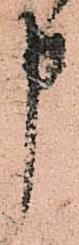
申